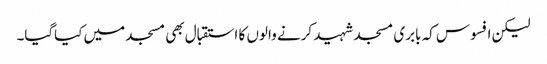
لیکن افسوس کہ بابری مسجد شہید کرنے والوں کا استقبال بھی مسجد میں کیاگیا۔